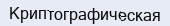
Криптографическая